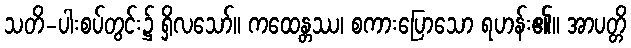
သတိ-ပါးစပ်တွင်း၌ ရှိလသော်။ ကထေန္တဿ၊ စကားပြောသော ရဟန်း၏။ အာပတ္တိ